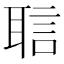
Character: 𬚝